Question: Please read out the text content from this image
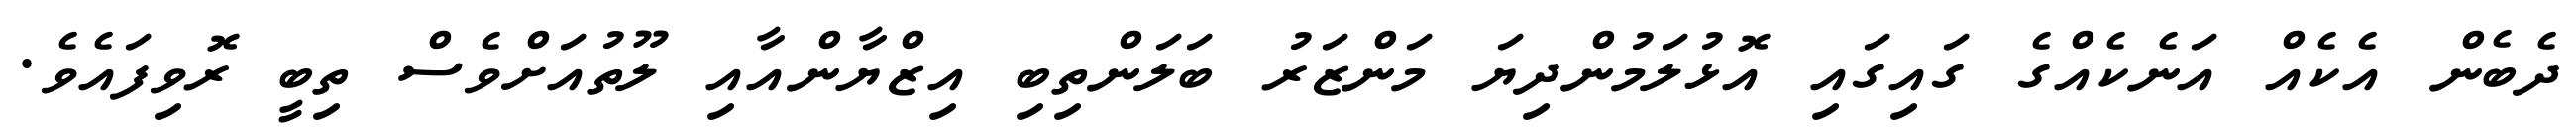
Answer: ދެބެން އެކެއް އަނެކެއްގެ ގައިގައި އޮޅުލަމުންދިޔަ މަންޒަރު ބަލަންތިބި އިޒްޔާންއާއި ލޫތުއަށްވެސް ތިބީ ރޮވިފައެވެ.